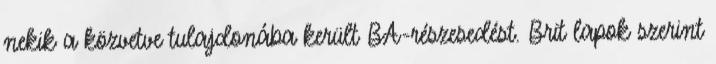
nekik a közvetve tulajdonába került BA-részesedést. Brit lapok szerint